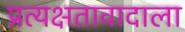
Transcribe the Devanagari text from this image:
प्रत्यक्षतावादाला